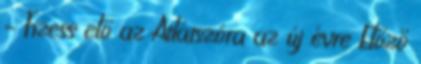
– Fizess elő az Átlátszóra az új évre Előző